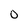
Character: 0